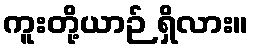
ကူးတို့ယာဉ် ရှိလား။